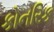
કોનરિક